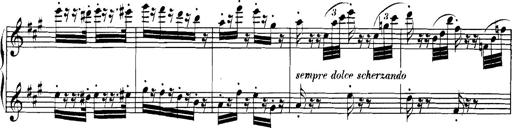
Title: Spinnerlied aus dem Fliegenden HollÃ¤nder
Composer: Franz Liszt